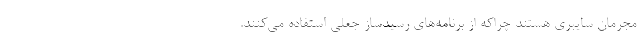
مجرمان سایبری هستند چراکه از برنامه‌های رسیدساز جعلی استفاده می‌کنند.